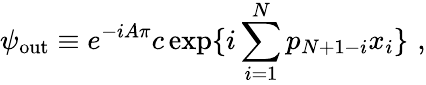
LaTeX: \psi_{\mathrm{out}}\equiv e^{-iA\pi}c\exp\{ i\sum_{i=1}^{N}p_{N+1-i}x_{i}\} \, \, ,